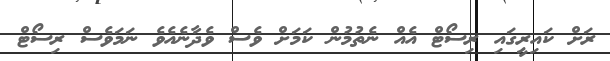
ރަށް ކައިރީގައި ރިސޯޓް އެއް ނެތުމުން ކަމަށް ވެސް ވެދާނެއެވެ ނަމަވެސް ރިސޯޓް